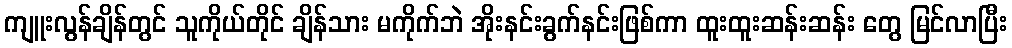
ကျူးလွန်ချိန်တွင် သူကိုယ်တိုင် ချိန်သား မကိုက်ဘဲ အိုးနင်းခွက်နင်းဖြစ်ကာ ထူးထူးဆန်းဆန်း တွေ မြင်လာပြီး